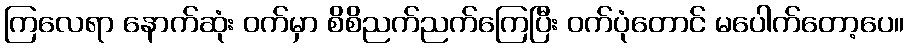
ကြလေရာ နောက်ဆုံး ဝက်မှာ စိစိညက်ညက်ကြေပြီး ဝက်ပုံတောင် မပေါက်တော့ပေ။